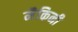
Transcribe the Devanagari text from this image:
मैकिनी